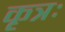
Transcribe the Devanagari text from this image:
कृत्रः